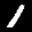
Label: 1